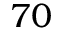
7 0